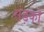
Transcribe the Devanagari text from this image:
संड़कों